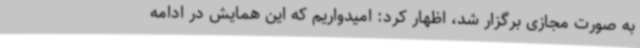
به صورت مجازی برگزار شد، اظهار کرد: امیدواریم که این همایش در ادامه